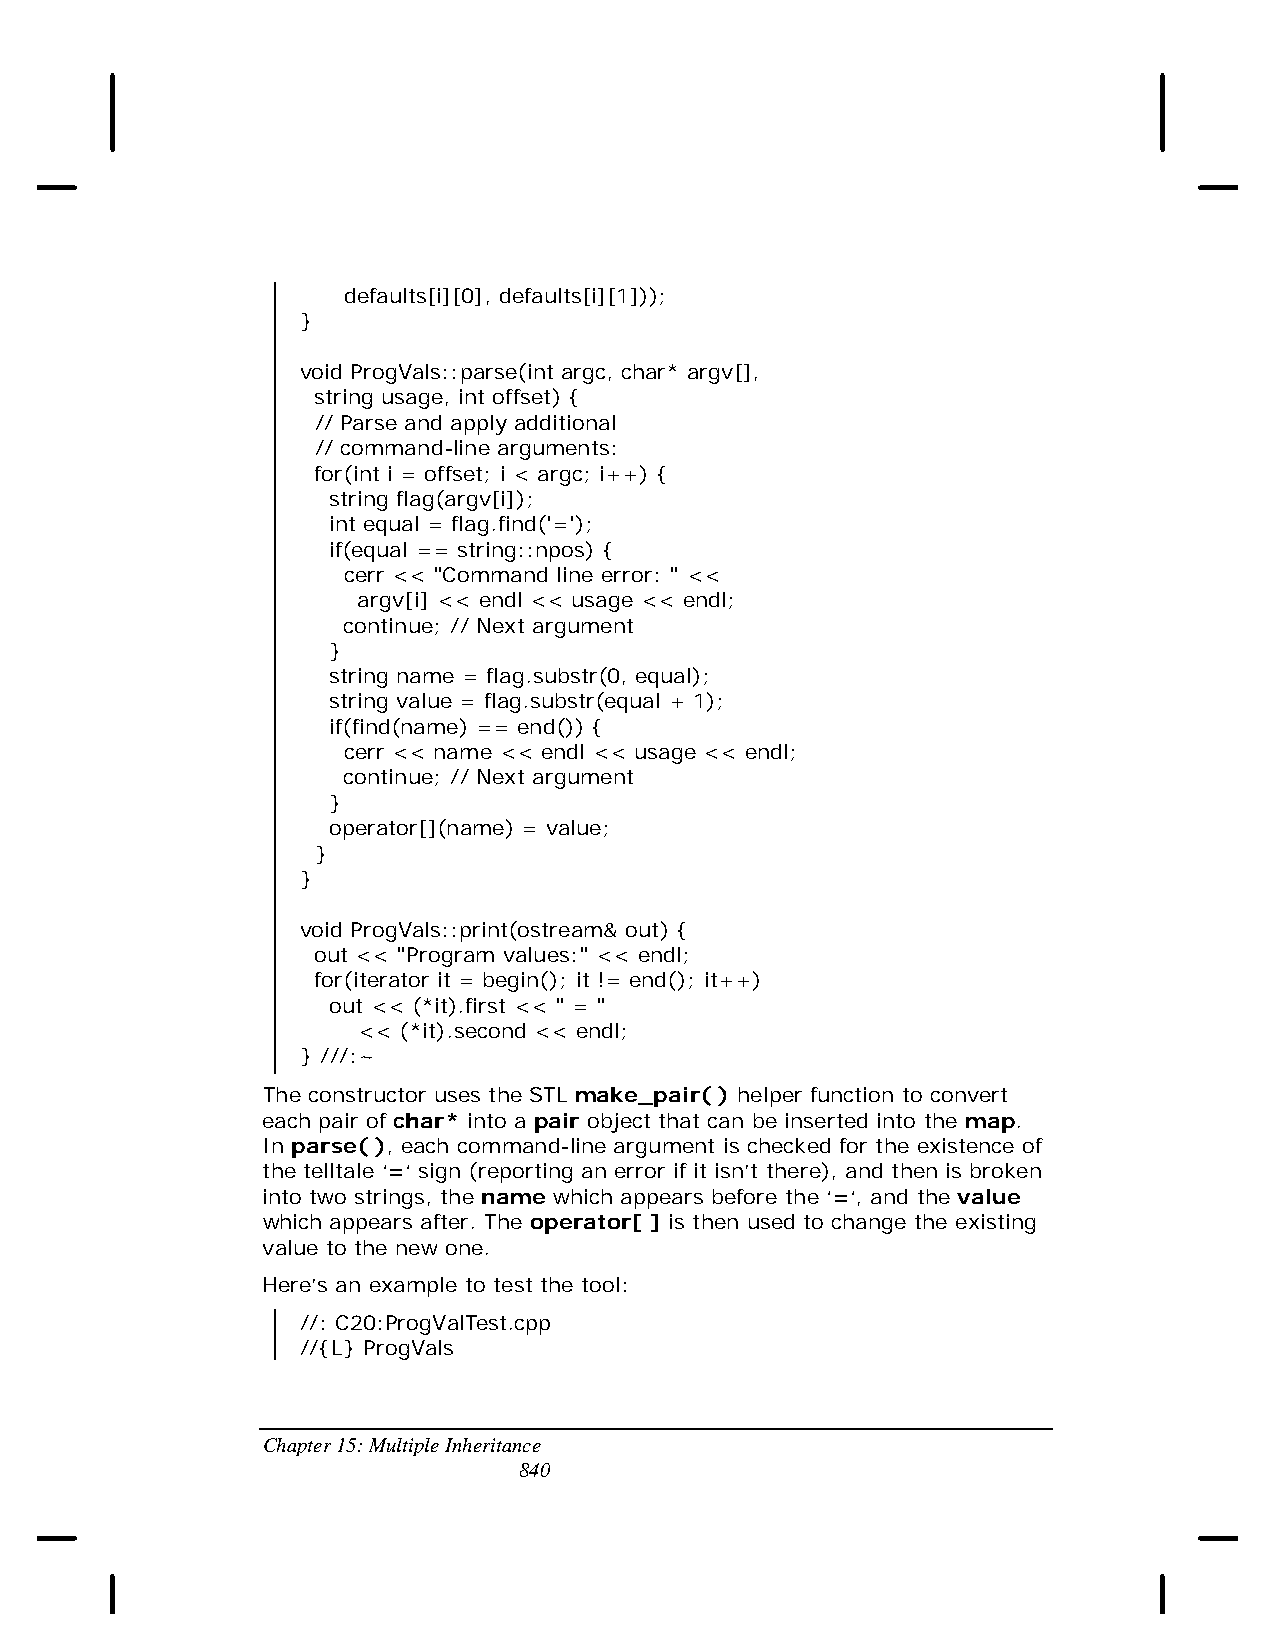
defaults[i][0], defaults[i][1]));
 }
 void ProgVals::parse(int argc, char* argv[],
 string usage, int offset) {
 // Parse and apply additional
 // command-line arguments:
 for(int i = offset; i < argc; i++) {
 string flag(argv[i]);
 int equal = flag.find('=');
 if(equal == string::npos) {
 cerr << "Command line error: " <<
 argv[i] << endl << usage << endl;
 continue; // Next argument
 }
 string name = flag.substr(0, equal);
 string value = flag.substr(equal + 1);
 if(find(name) == end()) {
 cerr << name << endl << usage << endl;
 continue; // Next argument
 }
 operator[](name) = value;
 }
 }
 void ProgVals::print(ostream& out) {
 out << "Program values:" << endl;
 for(iterator it = begin(); it != end(); it++)
 out << (*it).first << " = "
 << (*it).second << endl;
 } ///:~
 The constructor uses the STL make_pair( ) helper function to convert
 each pair of char* into a pair object that can be inserted into the map.
 In parse( ), each command-line argument is checked for the existence of
 the telltale ‘=‘ sign (reporting an error if it isn’t there), and then is broken
 into two strings, the name which appears before the ‘=‘, and the value
 which appears after. The operator[ ] is then used to change the existing
 value to the new one.
 Here’s an example to test the tool:
 //: C20:ProgValTest.cpp
 //{L} ProgVals
 Chapter 15: Multiple Inheritance
 840